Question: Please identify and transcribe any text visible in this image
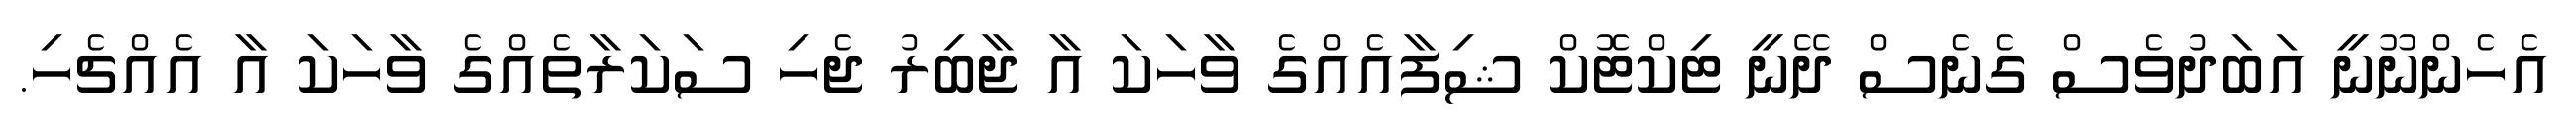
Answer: އެހެންނޫނީ އަބަދުވެސް ގެނެސް ދޭނީ ޓިކްޓޮކް ޝިފާއެއްގެ ވާހަކަ އާ ޖާބިރު ޖެހި ސަކަރާތެއްގެ ވާހަކަ އާ އެއްޗެހި.